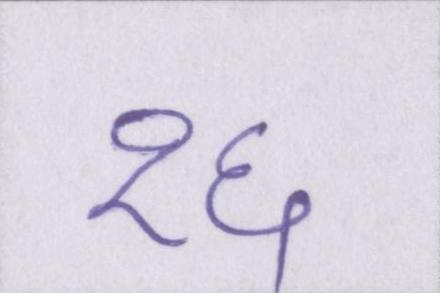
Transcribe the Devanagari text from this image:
१६